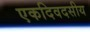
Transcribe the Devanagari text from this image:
एकदिवदसीय